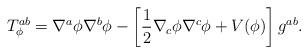
LaTeX: \begin{align*}T_{\phi}^{ab} = \nabla^{a} \phi \nabla^{b} \phi - \left[\frac{1}{2} \nabla_{c} \phi \nabla^{c} \phi + V(\phi)\right]g^{ab}.\end{align*}